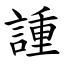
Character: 諥